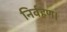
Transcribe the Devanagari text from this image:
निर्वहण।